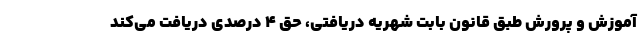
آموزش و پرورش طبق قانون بابت شهریه دریافتی، حق ۴ درصدی دریافت می‌کند